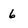
Character: 6